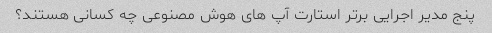
پنج مدیر اجرایی برتر استارت آپ های هوش مصنوعی چه کسانی هستند؟